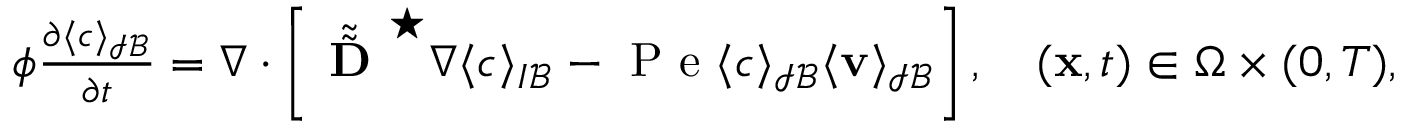
\begin{array} { r } { \phi \frac { \partial \langle c \rangle _ { \mathcal { I B } } } { \partial t } = \nabla \cdot \left[ \tilde { \tilde { \textbf { D } } } ^ { \star } \nabla \langle c \rangle _ { I \mathcal B } - \mathrm { ~ P ~ e ~ } \langle c \rangle _ { \mathcal { I B } } \langle \mathbf v \rangle _ { \mathcal { I B } } \right] , \quad ( \mathbf x , t ) \in \Omega \times ( 0 , T ) , } \end{array}